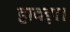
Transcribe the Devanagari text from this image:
हावड़ा।